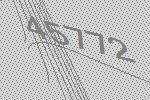
45772